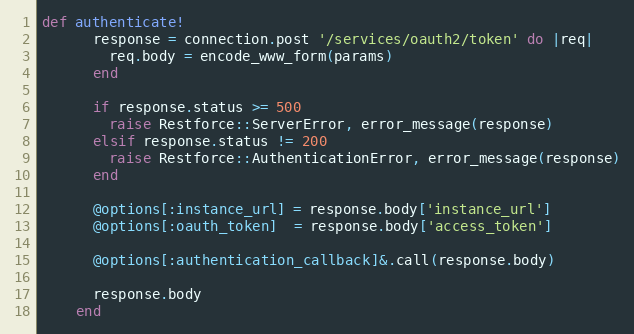
Language: Ruby
def authenticate!
      response = connection.post '/services/oauth2/token' do |req|
        req.body = encode_www_form(params)
      end

      if response.status >= 500
        raise Restforce::ServerError, error_message(response)
      elsif response.status != 200
        raise Restforce::AuthenticationError, error_message(response)
      end

      @options[:instance_url] = response.body['instance_url']
      @options[:oauth_token]  = response.body['access_token']

      @options[:authentication_callback]&.call(response.body)

      response.body
    end